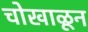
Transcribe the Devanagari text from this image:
चोखाळून